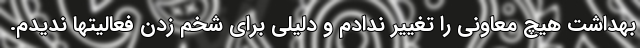
بهداشت هیچ معاونی را تغییر ندادم و دلیلی برای شخم زدن فعالیتها ندیدم.